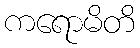
ကရောမိတိ